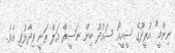
ނިންމީ" އުރީދޫގެ ސީއީއޯ ސައުދު ބިން ނަސީރް އަލް ތަނީ ވިދާޅުވި އެވެ.